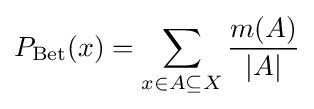
P_{\text{Bet}}(x)=\sum _{x\in A\subseteq X}{\frac {m(A)}{|A|}}\,\!